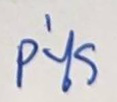
P'ไร